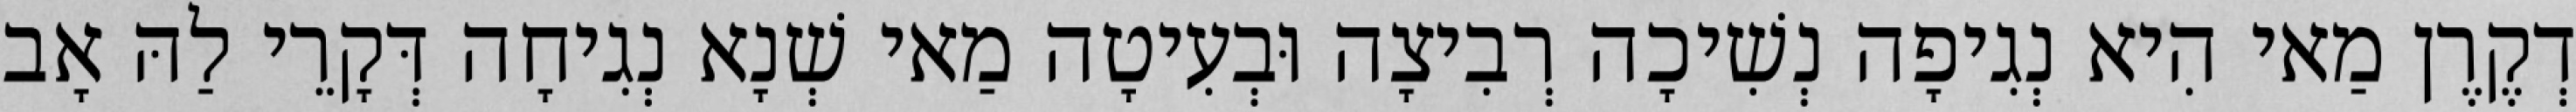
דְקֶרֶן מַאי הִיא נְגִיפָה נְשִׁיכָה רְבִיצָה וּבְעִיטָה מַאי שְׁנָא נְגִיחָה דְּקָרֵי לַהּ אָב